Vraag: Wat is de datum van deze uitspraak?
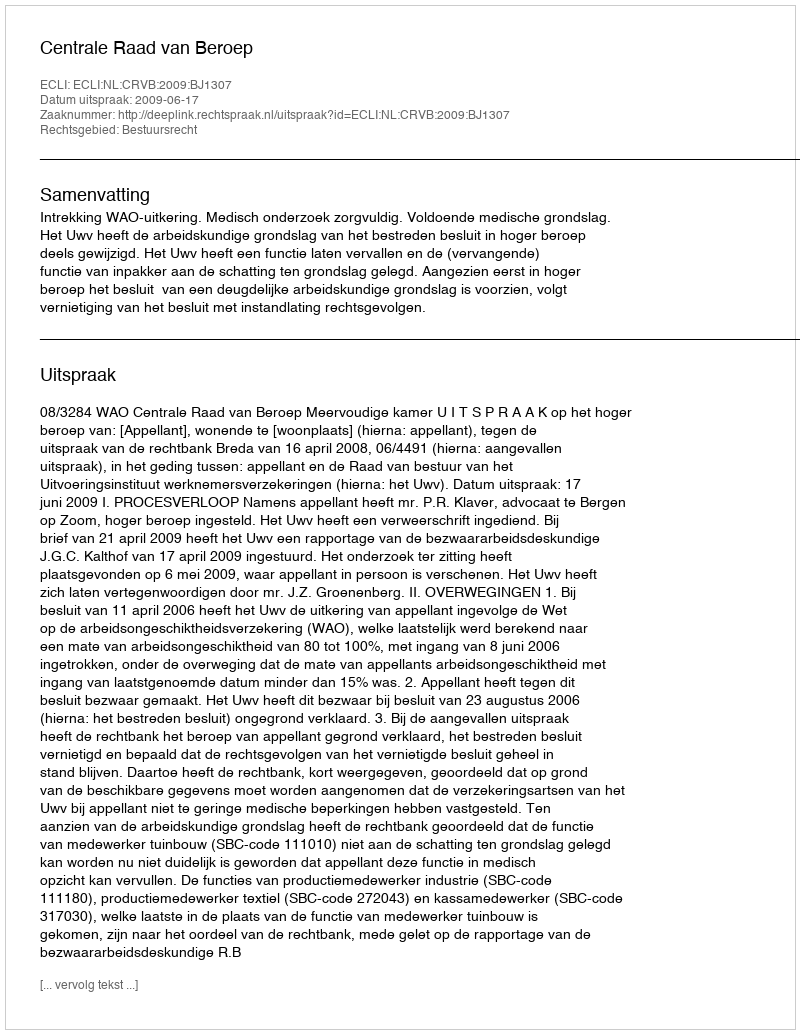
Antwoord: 2009-06-17